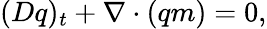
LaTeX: (Dq)_{t}+\nabla\cdot(qm)=0,